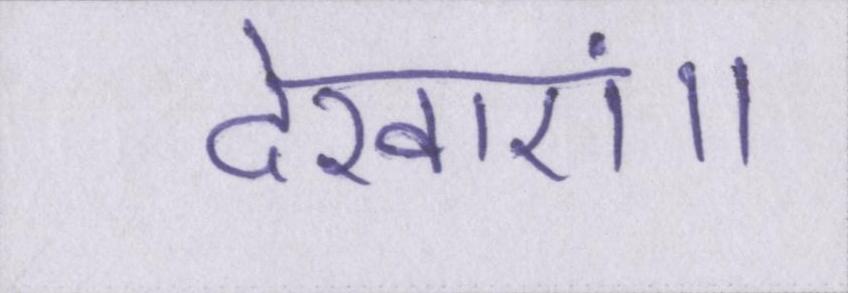
देखाएं॥